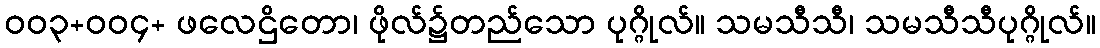
ဝဝ၃+ဝဝ၄+ ဖလေဌိတော၊ ဖိုလ်၌တည်သော ပုဂ္ဂိုလ်။ သမသီသီ၊ သမသီသီပုဂ္ဂိုလ်။